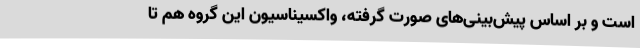
است و بر اساس پیش‌بینی‌های صورت گرفته، واکسیناسیون این گروه هم تا